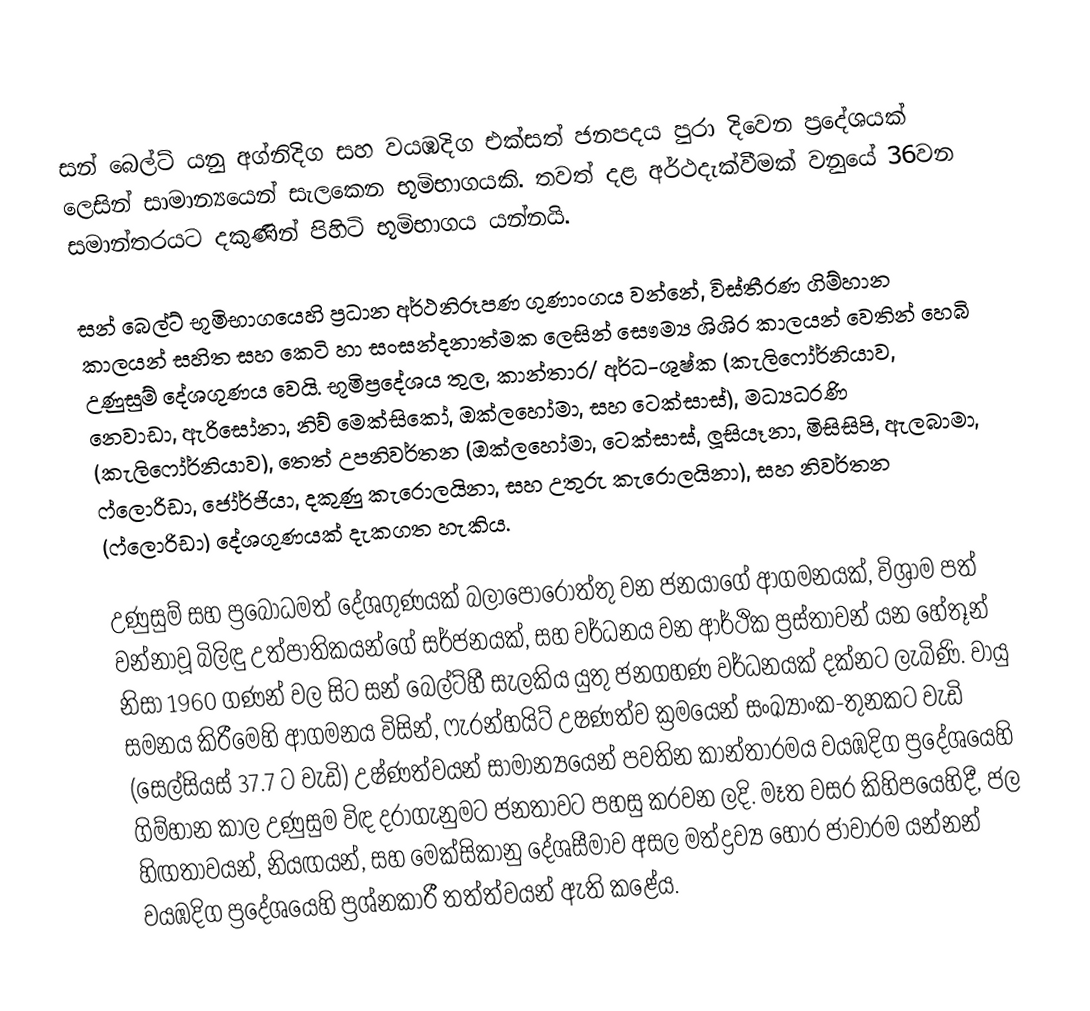
සන් බෙල්ට් යනු  අග්නිදිග සහ වයඹදිග එක්සත් ජනපදය පුරා දිවෙන ප්‍රදේශයක් ලෙසින් සාමාන්‍යයෙන් සැලකෙන භූමිභාගයකි. තවත් දළ අර්ථදැක්වීමක් වනුයේ 36වන සමාන්තරයට දකුණින් පිහිටි භූමිභාගය යන්නයි.

සන් බෙල්ට් භූමිභාගයෙහි ප්‍රධාන අර්ථනිරූපණ ගුණාංගය වන්නේ, විස්තීරණ ගිම්හාන කාලයන් සහිත සහ කෙටි හා සංසන්දනාත්මක ලෙසින් සෞම්‍ය ශිශිර කාලයන් වෙතින් හෙබි උණුසුම් දේශගුණය වෙයි. භූමිප්‍රදේශය තුල, කාන්තාර/ අර්ධ-ශුෂ්ක (කැලිෆෝර්නියාව, නෙවාඩා, ඇරිසෝනා, නිව් මෙක්සිකෝ, ඔක්ලහෝමා, සහ ටෙක්සාස්), මධ්‍යධරණි (කැලිෆෝර්නියාව), තෙත් උපනිවර්තන (ඔක්ලහෝමා, ටෙක්සාස්, ලූසියෑනා, මිසිසිපි, ඇලබාමා, ෆ්ලොරිඩා, ජෝර්ජියා, දකුණු කැරොලයිනා, සහ උතුරු කැරොලයිනා), සහ නිවර්තන (ෆ්ලොරිඩා) දේශගුණයක් දැකගත හැකිය.

උණුසුම් සහ ප්‍රබෝධමත් දේශගුණයක් බලාපොරොත්තු වන ජනයාගේ ආගමනයක්, විශ්‍රාම පත් වන්නාවූ  බිලිඳු උත්පාතිකයන්ගේ සර්ජනයක්, සහ වර්ධනය වන ආර්ථික ප්‍රස්තාවන් යන හේතූන් නිසා 1960 ගණන් වල සිට සන් බෙල්ට්හී සැලකිය යුතු ජනගහණ වර්ධනයක් දක්නට ලැබිණි. වායු සමනය කිරීමෙහි ආගමනය විසින්,  ෆැරන්හයිට්  උෂණත්ව ක්‍රමයෙන් සංඛ්‍යාංක-තුනකට වැඩි (සෙල්සියස් 37.7 ට වැඩි) උෂ්ණත්වයන් සාමාන්‍යයෙන් පවතින කාන්තාරමය වයඹදිග ප්‍රදේශයෙහි ගිම්හාන කාල උණුසුම විඳ දරාගැනුමට ජනතාවට පහසු කරවන ලදි. මෑත වසර කිහිපයෙහිදී,   ජල හිඟතාවයන්, නියඟයන්, සහ මෙක්සිකානු දේශසීමාව අසල මත්ද්‍රව්‍ය හොර ජාවාරම යන්නන් වයඹදිග ප්‍රදේශයෙහි ප්‍රශ්නකාරී තත්ත්වයන් ඇති කළේය.